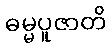
ဓမ္မပူဇာတိ